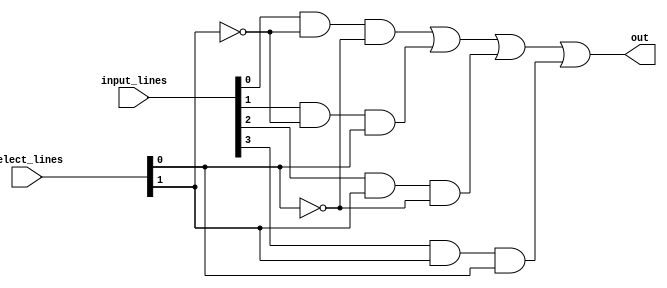
module multiplexer_4_to_1_structural_or_gatelevel(select_lines, input_lines, out);
    
    input[1:0] select_lines;
    input[3:0] input_lines;
    
    output out;

    wire wire_1, wire_2, wire_3, wire_4;
    
    // Although the outputs of the and gates should be DON'T CARE, when they are not selected. This setup also works fine because any one input is always selected by the select lines.
    and(wire_1, input_lines[0], ~select_lines[1], ~select_lines[0]); 
    and(wire_2, input_lines[1], ~select_lines[1], select_lines[0]);
    and(wire_3, input_lines[2], select_lines[1], ~select_lines[0]);
    and(wire_4, input_lines[3], select_lines[1], select_lines[0]);


    or(out, wire_1, wire_2, wire_3, wire_4);

    always @(select_lines or out) begin
        #0 
        $display("Select lines : %b\nInput lines: %b\nOutput: %b\n\n", select_lines, input_lines, out);
    end
endmodule

module multiplexer_4_to_1_structural_or_gatelevel_test;
    reg[1:0] select_lines;
    reg[3:0] input_lines;

    wire out;

    multiplexer_4_to_1_structural_or_gatelevel wire_driver(select_lines, input_lines, out);

    initial begin 
        input_lines = 4'b1101;
        #10 select_lines = 2'b00;
        #10 select_lines = 2'b01;
        #10 select_lines = 2'b10;
        #10 select_lines = 2'b11;

    end
endmodule